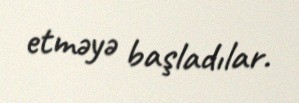
etməyə başladılar.